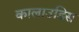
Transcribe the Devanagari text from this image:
कालाउडिस